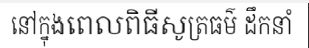
នៅក្នុងពេលពិធីសូត្រធម៌ ដឹកនាំ